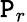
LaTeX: \mathtt{P}_{r}